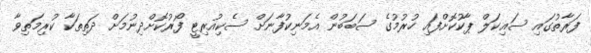
ފަރާތުގައި ސައިކަލް ޕާކުކޮށްފައި ހުރުމުގެ ސަބަބުން އެމަނިކުފާނަށް ސެކިއުރިޓީ ފޯރުކޮށްދިނުމަށް ދަތިތަކާ ކުރިމަތިވާ